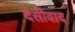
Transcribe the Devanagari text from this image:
देसीवाद